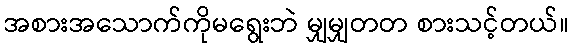
အစားအသောက်ကိုမရွေးဘဲ မျှမျှတတ စားသင့်တယ်။